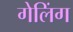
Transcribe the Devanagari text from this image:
गेलिंग